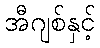
အီဂျစ်နှင့်